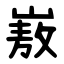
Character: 㟼